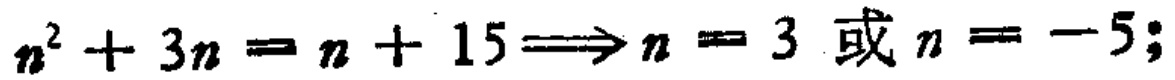
\(n^{2}+3n = n + 15\Longrightarrow n = 3 \text{ 或 }n = -5;\)